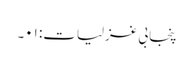
پنجابی غزلیات: ۰۱۔